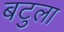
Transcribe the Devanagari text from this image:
बटुला